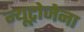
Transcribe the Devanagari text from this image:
न्यूट्रोजेना